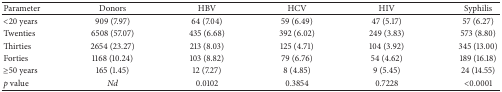
| Parameter | Donors | HBV | HCV | HIV | Syphilis |
 | --- | --- | --- | --- | --- | --- |
 | <20 years | 909 (7.97) | 64 (7.04) | 59 (6.49) | 47 (5.17) | 57 (6.27) |
 | Twenties | 6508 (57.07) | 435 (6.68) | 392 (6.02) | 249 (3.83) | 573 (8.80) |
 | Thirties | 2654 (23.27) | 213 (8.03) | 125 (4.71) | 104 (3.92) | 345 (13.00) |
 | Forties | 1168 (10.24) | 103 (8.82) | 79 (6.76) | 54 (4.62) | 189 (16.18) |
 | ≥50 years | 165 (1.45) | 12 (7.27) | 8 (4.85) | 9 (5.45) | 24 (14.55) |
 | p value | Nd | 0.0102 | 0.3854 | 0.7228 | <0.0001 |